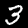
Digit: 3